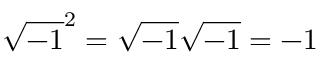
{ \sqrt { - 1 } } ^ { 2 } = { \sqrt { - 1 } } { \sqrt { - 1 } } = - 1